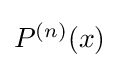
{\textstyle P^{(n)}(x)}